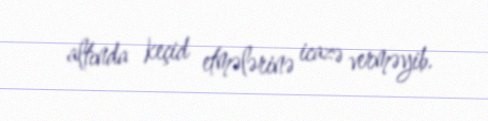
altında keçid etmələrinə icazə verməyib.